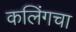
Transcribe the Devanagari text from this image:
कलिंगचा